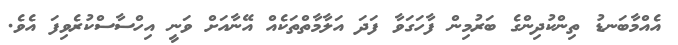
އެއްމާބަނޑު ތިންކުދިންގެ ބަރުމިން ފާހަގަވާ ފަދަ އަލާމާތްތަކެއް އޭނާއަށް ވަނީ އިހްސާސްކުރެވިފަ އެވެ.